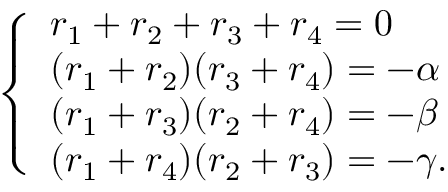
\left\{ { \begin{array} { l } { r _ { 1 } + r _ { 2 } + r _ { 3 } + r _ { 4 } = 0 } \\ { ( r _ { 1 } + r _ { 2 } ) ( r _ { 3 } + r _ { 4 } ) = - \alpha } \\ { ( r _ { 1 } + r _ { 3 } ) ( r _ { 2 } + r _ { 4 } ) = - \beta } \\ { ( r _ { 1 } + r _ { 4 } ) ( r _ { 2 } + r _ { 3 } ) = - \gamma { \mathrm { . } } } \end{array} } \right.